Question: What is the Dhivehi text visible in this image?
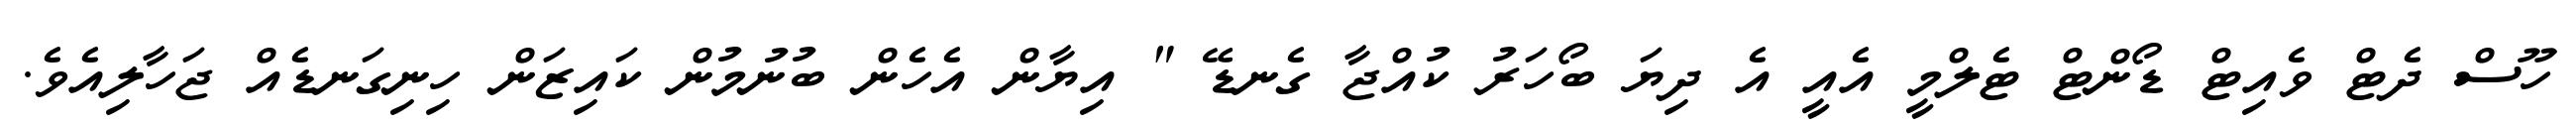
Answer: ހޫސް ދެޓް ވެއިޓް ޑޯންޓް ޓެލްމީ އެއީ އެ ދިޔަ ބޯހަރު ކުއްޖާ ގެނޑޭ " އިޔާން އެހެން ބުނުމުން ކައިޒަން ހިނިގަނޑެއް ޖަހާލިއެވެ.